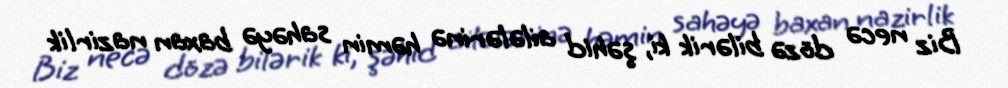
Biz necə dözə bilərik ki, şəhid ailələrinə həmin sahəyə baxan nazirlik